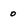
Character: o